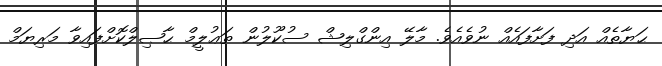
ޙަޔާތެއް އަދި ފަށާފައެއް ނުވެއެވެ. މާލޭ އިންގްލިޝް ސުކޫލުން ތަޢުލީމް ޙާޞިލްކޮށްފައިވާ މަރިޔަމް